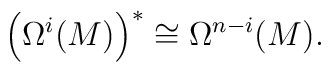
\left(\Omega^i(M)\right)^* \cong \Omega^{n-i}(M).